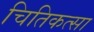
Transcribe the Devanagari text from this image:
चितिकत्सा